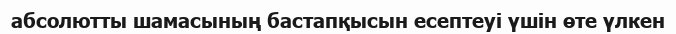
абсолютты шамасының бастапқысын есептеуі үшін өте үлкен